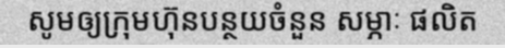
សូមឲ្យក្រុមហ៊ុនបន្ថយចំនួន សម្ភាៈ ផលិត